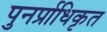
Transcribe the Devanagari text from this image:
पुनर्प्राधिकृत